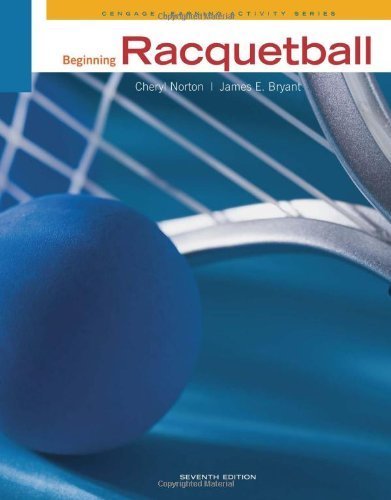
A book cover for Beginning Racquetball (Cengage Learning Activity) by Norton, Cheryl, Bryant, James S. (2011) Paperback; Cheryl, Bryant, James S. Norton; Sports & Outdoors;